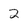
Character: 2